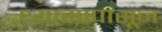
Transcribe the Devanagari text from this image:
ध्यासापासून